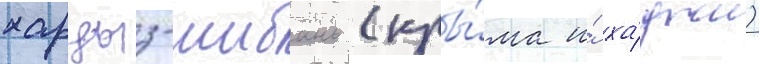
харцыз-шибань (кры́ма и́ ха́джи)